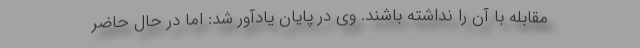
مقابله با آن را نداشته باشند. وی در پایان یادآور شد: اما در حال حاضر